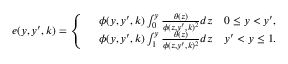
\begin{array} { r } { e ( y , y ^ { \prime } , k ) = \left\{ \begin{array} { r l } & { \phi ( y , y ^ { \prime } , k ) \int _ { 0 } ^ { y } \frac { \theta ( z ) } { \phi ( z , y ^ { \prime } , k ) ^ { 2 } } d z \quad 0 \leq y < y ^ { \prime } , } \\ & { \phi ( y , y ^ { \prime } , k ) \int _ { 1 } ^ { y } \frac { \theta ( z ) } { \phi ( z , y ^ { \prime } , k ) ^ { 2 } } d z \quad y ^ { \prime } < y \leq 1 . } \end{array} \right. } \end{array}